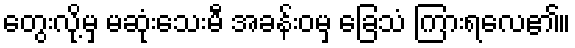
တွေးလို့မှ မဆုံးသေးမီ အခန်းဝမှ ခြေသံ ကြားရလေ၏။